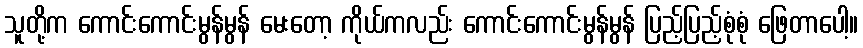
သူတို့က ကောင်းကောင်းမွန်မွန် မေးတော့ ကိုယ်ကလည်း ကောင်းကောင်းမွန်မွန် ပြည့်ပြည့်စုံစုံ ဖြေတာပေါ့။